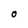
Character: 0